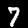
Label: 7